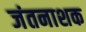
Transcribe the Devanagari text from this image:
जंतनाशक